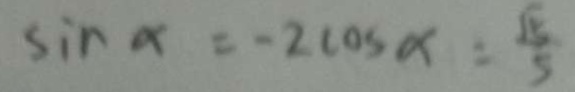
\sin \alpha = - 2 \cos \alpha = \frac { \sqrt { 5 } } { 5 }